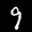
Label: 9